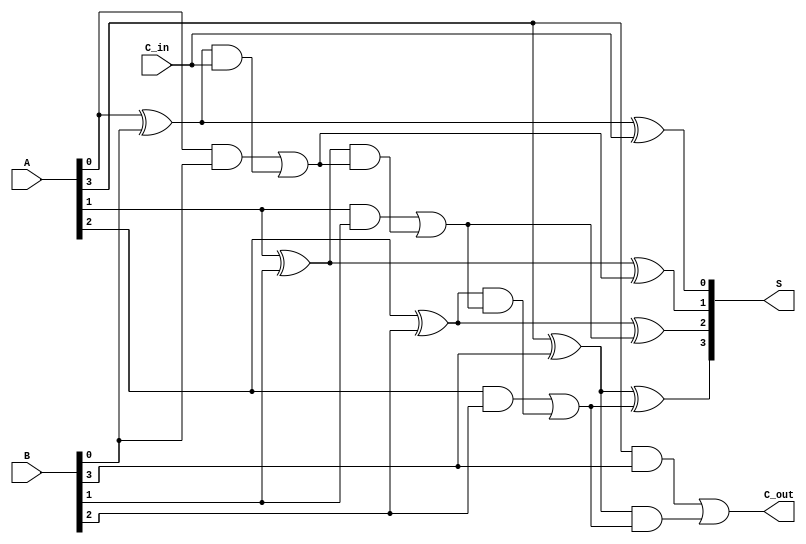
module LingAdder #(parameter n = 4) (
    input  wire [n-1:0] A,      // First n-bit input
    input  wire [n-1:0] B,      // Second n-bit input
    input  wire C_in,           // Input carry
    output wire [n-1:0] S,      // n-bit sum output
    output wire C_out           // Output carry
);

    // Internal signals for carry generation and propagation
    wire [n-1:0] G; // Generate signals
    wire [n-1:0] P; // Propagate signals
    wire [n:0] C;   // Carry signals (C[0] = C_in, C[n] = C_out)

    // Generate and propagate logic
    genvar i;
    generate
        for (i = 0; i < n; i = i + 1) begin : full_adder
            assign G[i] = A[i] & B[i];          // Generate
            assign P[i] = A[i] ^ B[i];          // Propagate
            assign S[i] = P[i] ^ C[i];           // Sum
        end
    endgenerate

    // Carry lookahead logic
    assign C[0] = C_in; // Initial carry input
    generate
        for (i = 0; i < n; i = i + 1) begin : carry_logic
            if (i == 0) begin
                assign C[i + 1] = G[i] | (P[i] & C[i]); // Carry out for the first bit
            end else begin
                assign C[i + 1] = G[i] | (P[i] & C[i]); // Carry out for subsequent bits
            end
        end
    endgenerate

    assign C_out = C[n]; // Final carry out

endmodule